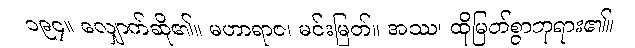
၁၉၄။ လျှောက်ဆို၏။ မဟာရာဇ၊ မင်းမြတ်။ အဿ၊ ထိုမြတ်စွာဘုရား၏။